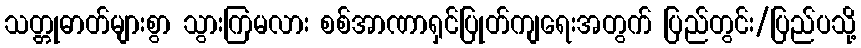
သတ္တုဓာတ်များစွာ သွားကြမလား စစ်အာဏာရှင်ပြုတ်ကျရေးအတွက် ပြည်တွင်း/ပြည်ပသို့